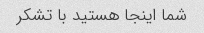
شما اینجا هستید با تشکر